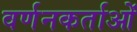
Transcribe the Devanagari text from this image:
वर्णनकर्ताओं